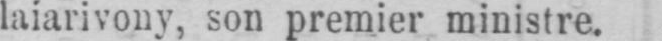
laiarivony, son premier ministre.